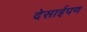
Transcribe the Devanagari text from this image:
देसाईपण